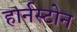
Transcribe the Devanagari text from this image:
हार्नस्टोन